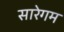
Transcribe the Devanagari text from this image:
सारेगम